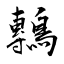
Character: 鷒